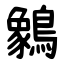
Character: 䴂